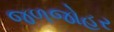
જળજોહર